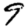
Digit: 9